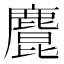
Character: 𪋆